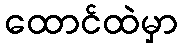
ထောင်ထဲမှာ